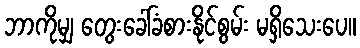
ဘာကိုမျှ တွေးခေါ်ခံစားနိုင်စွမ်း မရှိသေးပေ။